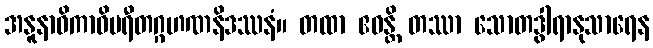
အနူနာဓိကာဝိပရီတဂ္ဂဟဏနိဒဿနံ။ တထာ ဧဝန္တိ တဿာ သောတဒွါရာနုသာရေန